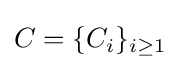
C=\{C_{i}\}_{i\geq 1}